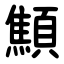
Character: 顦